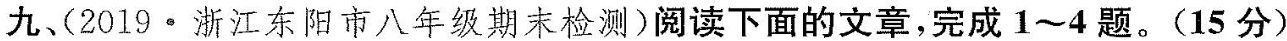
九、2213·浙江东阳市八年级既末检测)阅读下面的文章，完成1~4题，(15分)